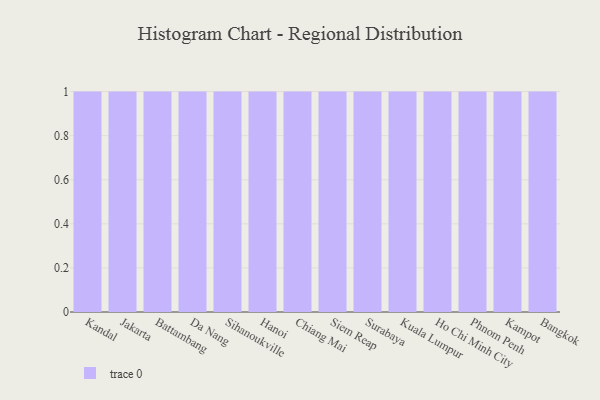
{"axis": {"x": "City", "y": "Churn Rate (%)"}, "legend": [""], "data": [{"x": "Kandal", "y": 15, "type": ""}, {"x": "Jakarta", "y": 3, "type": ""}, {"x": "Battambang", "y": 87, "type": ""}, {"x": "Da Nang", "y": 40, "type": ""}, {"x": "Sihanoukville", "y": 74, "type": ""}, {"x": "Hanoi", "y": 75, "type": ""}, {"x": "Chiang Mai", "y": 2, "type": ""}, {"x": "Siem Reap", "y": 40, "type": ""}, {"x": "Surabaya", "y": 76, "type": ""}, {"x": "Kuala Lumpur", "y": 98, "type": ""}, {"x": "Ho Chi Minh City", "y": 86, "type": ""}, {"x": "Phnom Penh", "y": 47, "type": ""}, {"x": "Kampot", "y": 59, "type": ""}, {"x": "Bangkok", "y": 95, "type": ""}]}